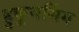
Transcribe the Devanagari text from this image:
हुकूमसिंग